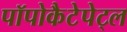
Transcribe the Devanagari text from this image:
पॉपोकैटेपेट्ल